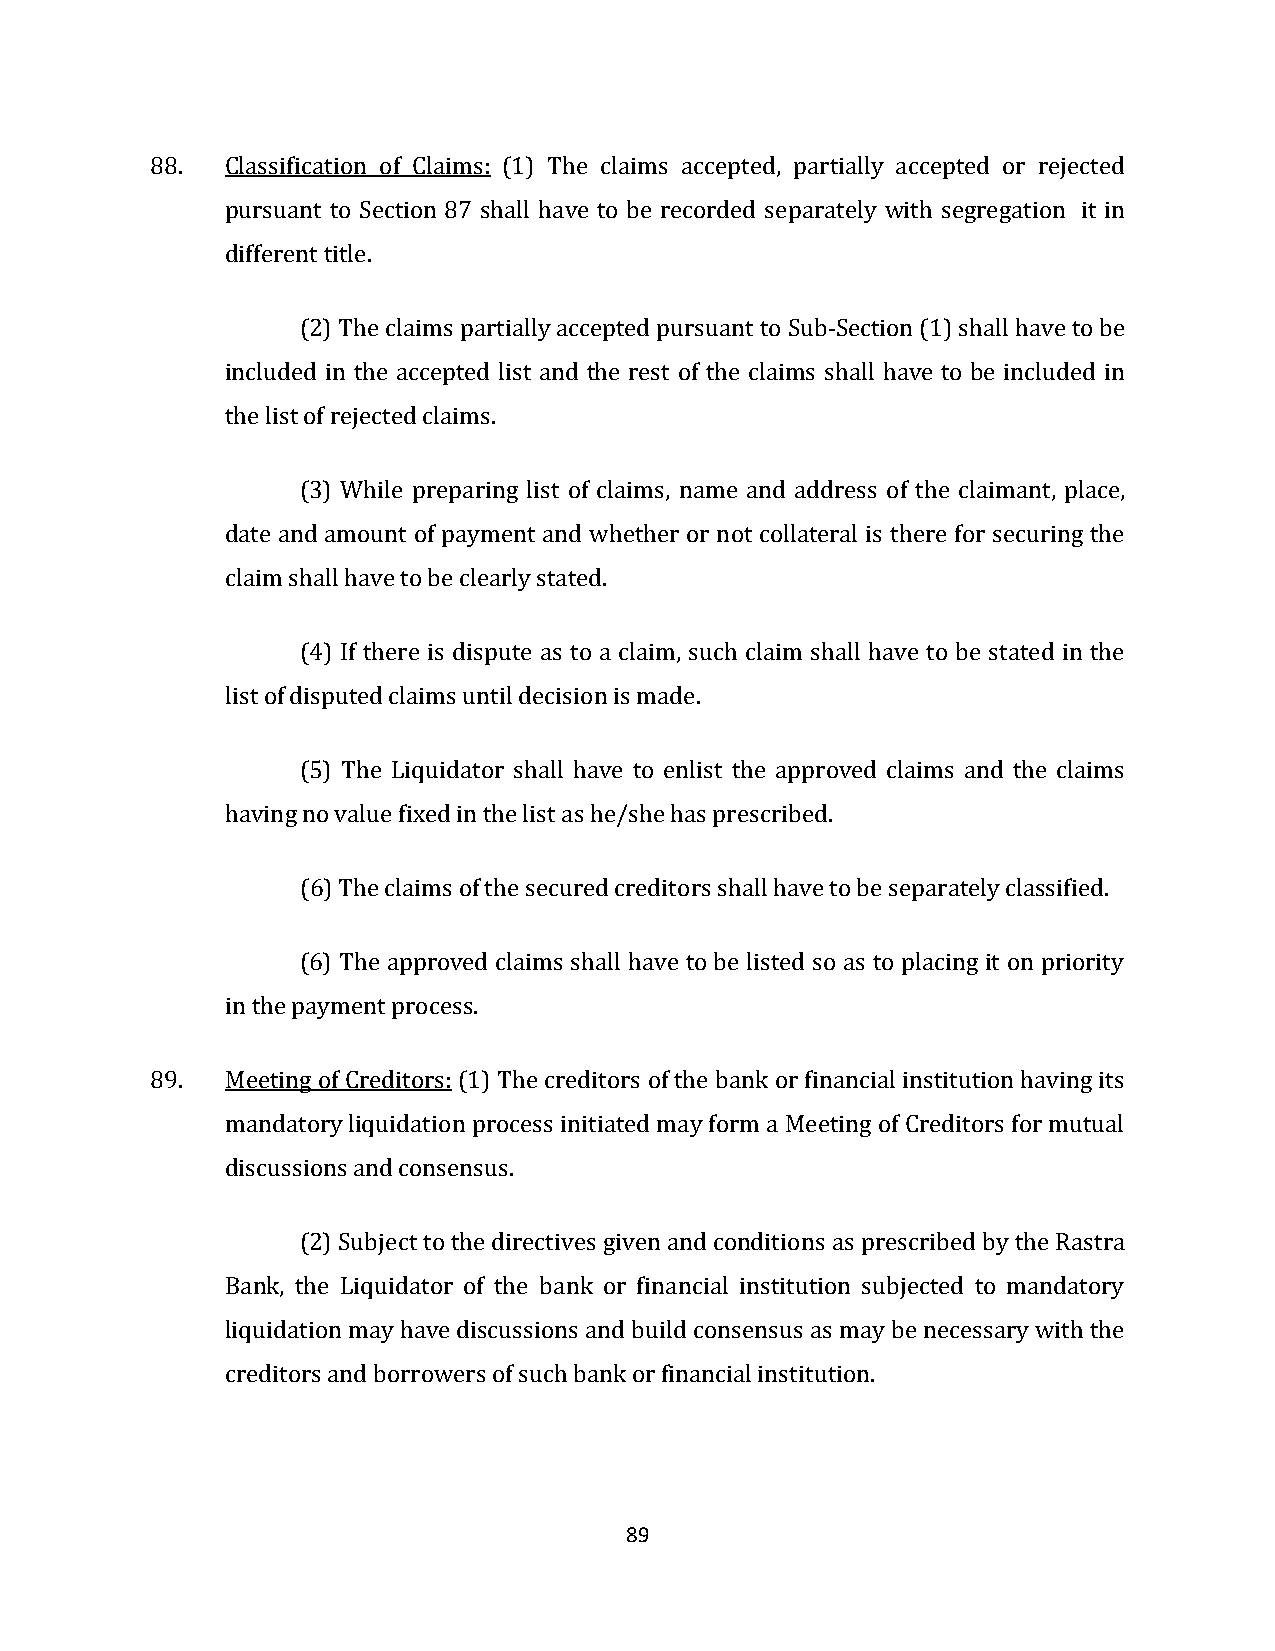
88.  Classification of Claims: (1) The claims accepted, partially accepted or rejected
 pursuant to Section 87 shall have to be recorded separately with segregation it in
 different title.
 (2) The claims partially accepted pursuant to Sub-Section (1) shall have to be
 included in the accepted list and the rest of the claims shall have to be included in
 the list of rejected claims.
 (3) While preparing list of claims, name and address of the claimant, place,
 date and amount of payment and whether or not collateral is there for securing the
 claim shall have to be clearly stated.
 (4) If there is dispute as to a claim, such claim shall have to be stated in the
 list of disputed claims until decision is made.
 (5) The Liquidator shall have to enlist the approved claims and the claims
 having no value fixed in the list as he/she has prescribed.
 (6) The claims of the secured creditors shall have to be separately classified.
 (6) The approved claims shall have to be listed so as to placing it on priority
 in the payment process.
 89.  Meeting of Creditors: (1) The creditors of the bank or financial institution having its
 mandatory liquidation process initiated may form a Meeting of Creditors for mutual
 discussions and consensus.
 (2) Subject to the directives given and conditions as prescribed by the Rastra
 Bank, the Liquidator of the bank or financial institution subjected to mandatory
 liquidation may have discussions and build consensus as may be necessary with the
 creditors and borrowers of such bank or financial institution.
 89